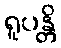
ရူပန္တိ